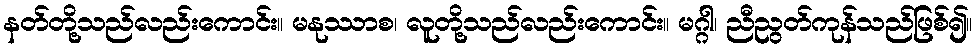
နတ်တို့သည်လည်းကောင်း။ မနုဿာစ၊ လူတို့သည်လည်းကောင်း။ မဂ္ဂါ၊ ညီညွတ်ကုန်သည်ဖြစ်၍။